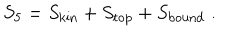
S _ { 5 } = S _ { \mathrm { k i n } } + S _ { \mathrm { t o p } } + S _ { \mathrm { b o u n d } } \; .